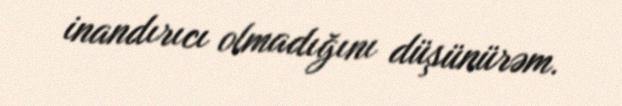
inandırıcı olmadığını düşünürəm.